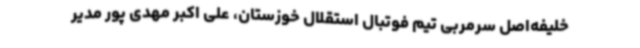
خلیفه‌اصل سرمربی تیم فوتبال استقلال خوزستان، علی اکبر مهدی پور مدیر